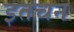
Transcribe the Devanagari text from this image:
इतचन